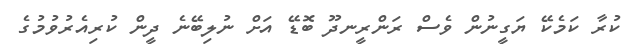
ކުރާ ކަމެކޭ ޔަގީނުން ވެސް ރަންރީނދޫ ބޮޑޭ އަށް ނުލިބޭނެ ދީން ކުރިއެރުވުމުގެ